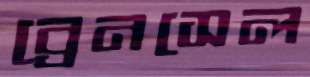
ব্রেনসেল